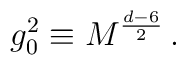
g_0^2 \equiv M^{\frac{d-6}{2}} \, .